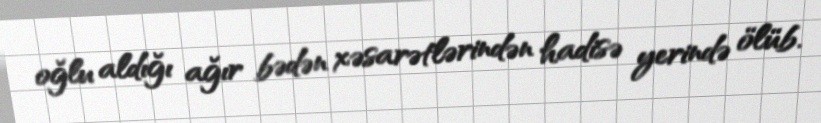
oğlu aldığı ağır bədən xəsarətlərindən hadisə yerində ölüb.